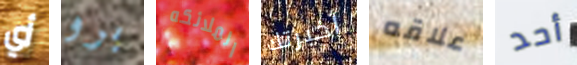
أي برو الملائكه أخبرتك علاقه أحد